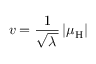
v = { \frac { 1 } { \sqrt { \lambda \, } } } \left| \mu _ { \mathrm { H } } \right|